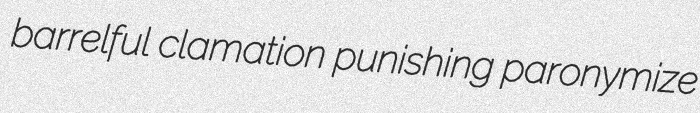
barrelful clamation punishing paronymize